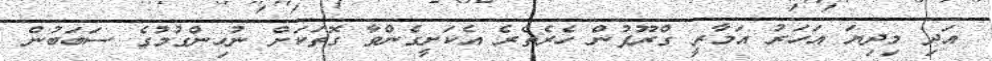
އަދި މިދިޔަ އަހަރު އަމާރީ ގްރޫޕުން ހެރެތެރެ އެކަށީގެންވާ ގޮތަކަށް ނުހިންގުމުގެ ސަބަބުން